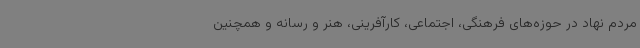
مردم نهاد در حوزه‌های فرهنگی، اجتماعی، کارآفرینی، هنر و رسانه و همچنین